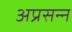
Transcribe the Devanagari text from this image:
अप्रसन्‍न